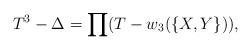
\begin{align*}T^3-\Delta = \prod (T-w_3(\{ X,Y\})),\end{align*}